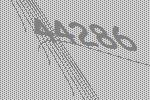
44286